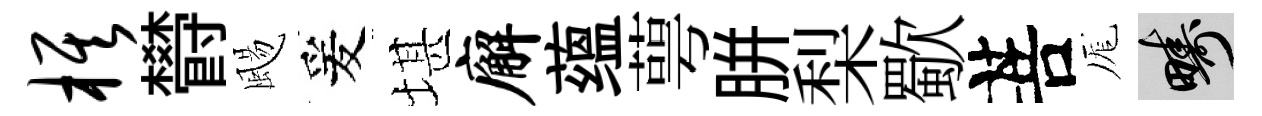
旗欎颺爰堪廨蕴萼胼梨歜菩厖疇